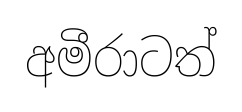
අමීරාටත්